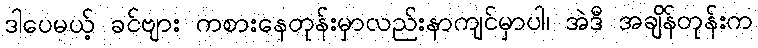
ဒါပေမယ့် ခင်ဗျား ကစားနေတုန်းမှာလည်းနာကျင်မှာပါ၊ အဲဒီ အချိန်တုန်းက